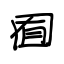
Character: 囿